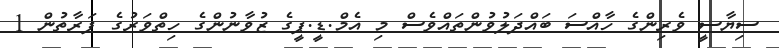
ސިޔާސީ ވެރިންގެ ހާއްސަ ބައްދަލުވުންތައްވެސް މި އެމް.ޑީ.ޕީގެ ޒުވާނުންގެ ހިތްވަރުގެ ފަރާތުން 1